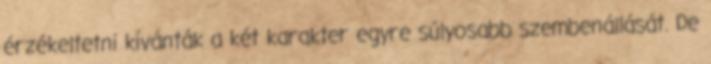
érzékeltetni kívánták a két karakter egyre súlyosabb szembenállását. De